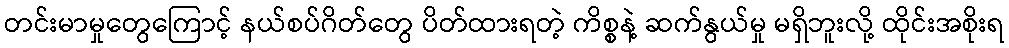
တင်းမာမှုတွေကြောင့် နယ်စပ်ဂိတ်တွေ ပိတ်ထားရတဲ့ ကိစ္စနဲ့ ဆက်နွယ်မှု မရှိဘူးလို့ ထိုင်းအစိုးရ